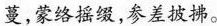
蔓，蒙络摇缀，参差披拂。